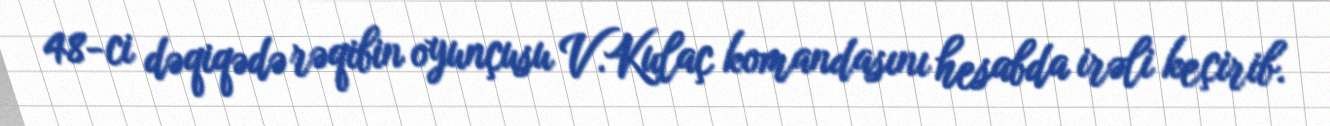
48-ci dəqiqədə rəqibin oyunçusu V.Kulaç komandasını hesabda irəli keçirib.